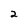
Character: 2